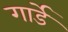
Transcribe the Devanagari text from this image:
गार्डे